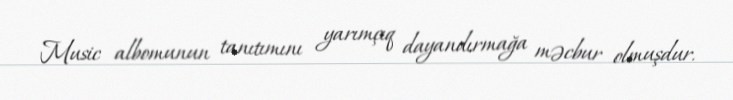
Music albomunun tanıtımını yarımçıq dayandırmağa məcbur olmuşdur.